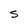
Character: S